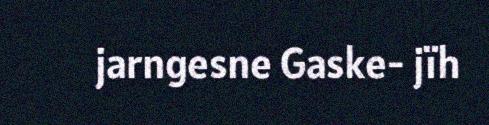
jarngesne Gaske- jïh